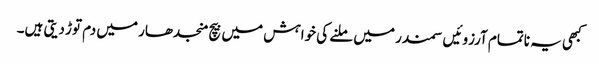
کبھی یہ ناتمام آرزوئیں سمندر میں ملنے کی خواہش میں بیچ منجدھار میں دم توڑ دیتی ہیں۔